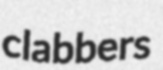
clabbers